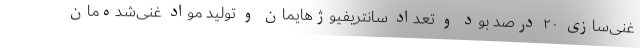
غنی‌سازی ۲۰ درصد بود و تعداد سانتریفیوژهایمان و تولید مواد غنی‌شده‌مان